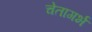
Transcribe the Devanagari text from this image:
चेतागर्भ